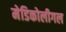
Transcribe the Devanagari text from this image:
मेडिकोलीगल